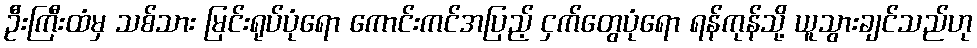
ဦးကြီးထံမှ သစ်သား မြင်းရုပ်ပုံရော ကောင်းကင်အပြည့် ငှက်တွေပုံရော ရန်ကုန်သို့ ယူသွားချင်သည်ဟု